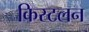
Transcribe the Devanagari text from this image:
किस्टलन